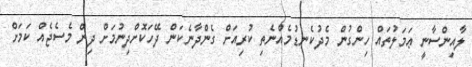
ލާއިންސާނީ ޢަމަލުތައް ހިންގުން މެދުކެނޑުމެއްނެތި ކުރިއަށް ގެންދާނެކަން ދޭހަކޮށްދިނުމަށް ދިން މެސެޖެއް ކަމަށް